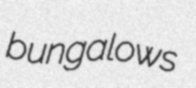
bungalows